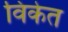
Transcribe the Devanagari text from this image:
विकेत